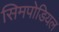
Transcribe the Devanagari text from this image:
सिमपोडियल